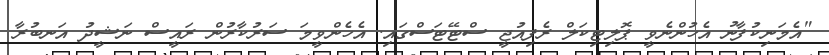
"އެމަނިކުފާނު އެހުންނެވީ ޕޮލިޓިކަލް ރެފިއުޖީ ސްޓޭޓަސްގައި. އެހެންވީމަ ސަރުކާރުން ރައީސް ނަޝީދު އަނބުރާ